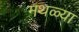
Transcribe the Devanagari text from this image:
मथळ्या